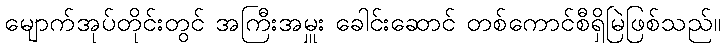
မျောက်အုပ်တိုင်းတွင် အကြီးအမှူး ခေါင်းဆောင် တစ်ကောင်စီရှိမြဲဖြစ်သည်။